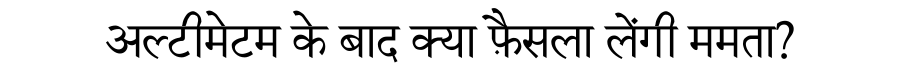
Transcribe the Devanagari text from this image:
अल्टीमेटम के बाद क्या फ़ैसला लेंगी ममता?